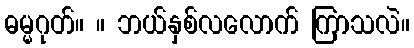
ဓမ္မဂုတ်။ ။ ဘယ်နှစ်လလောက် ကြာသလဲ။